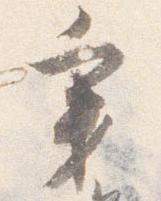
秉